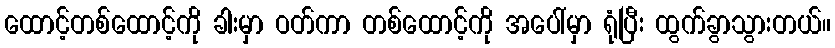
ထောင့်တစ်ထောင့်ကို ခါးမှာ ဝတ်ကာ တစ်ထောင့်ကို အပေါ်မှာ ရုံပြီး ထွက်ခွာသွားတယ်။